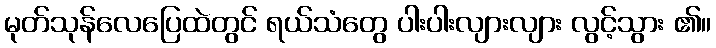
မုတ်သုန်လေပြေထဲတွင် ရယ်သံတွေ ပါးပါးလျားလျား လွင့်သွား ၏။